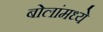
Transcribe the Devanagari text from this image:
बोलांमध्ये